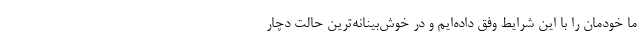
ما خودمان را با این شرایط وفق داده‌ایم و در خوش‌بینانه‌ترین حالت دچار